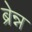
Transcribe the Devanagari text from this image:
ब्रेन्न